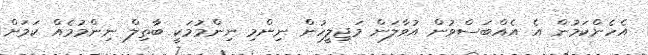
އެހެންކަމުން އެ އެއްބަސްވުން އުވާލަން މަޖިލީހުން ނިންމި ނިންމުމަކީ ބާތިލް ނިންމުމެއް ކަމަށް